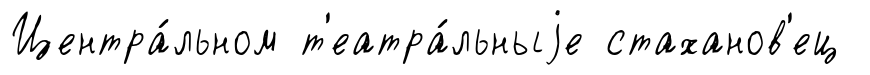
Центра́льном т'еатра́льныjе стаханов'ец